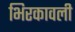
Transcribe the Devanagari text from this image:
भिरकावली